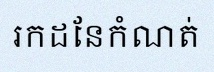
រកដែនកំណត់